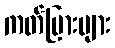
ကတ်ပြားများ